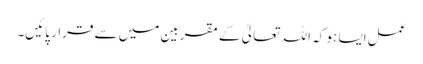
عمل ایسا ہو کہ اللہ تعالیٰ کے مقربین میں سے قرار پائیں۔